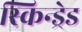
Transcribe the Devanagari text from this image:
स्किन्ड्रेड